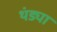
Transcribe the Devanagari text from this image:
थंड्या